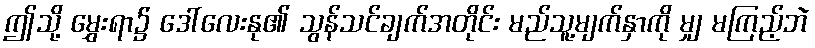
ဤသို့ မွှေးရာ၌ ဒေါ်လေးနု၏ သွန်သင်ချက်အတိုင်း မည်သူ့မျက်နှာကို မျှ မကြည့်ဘဲ